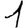
Digit: 1